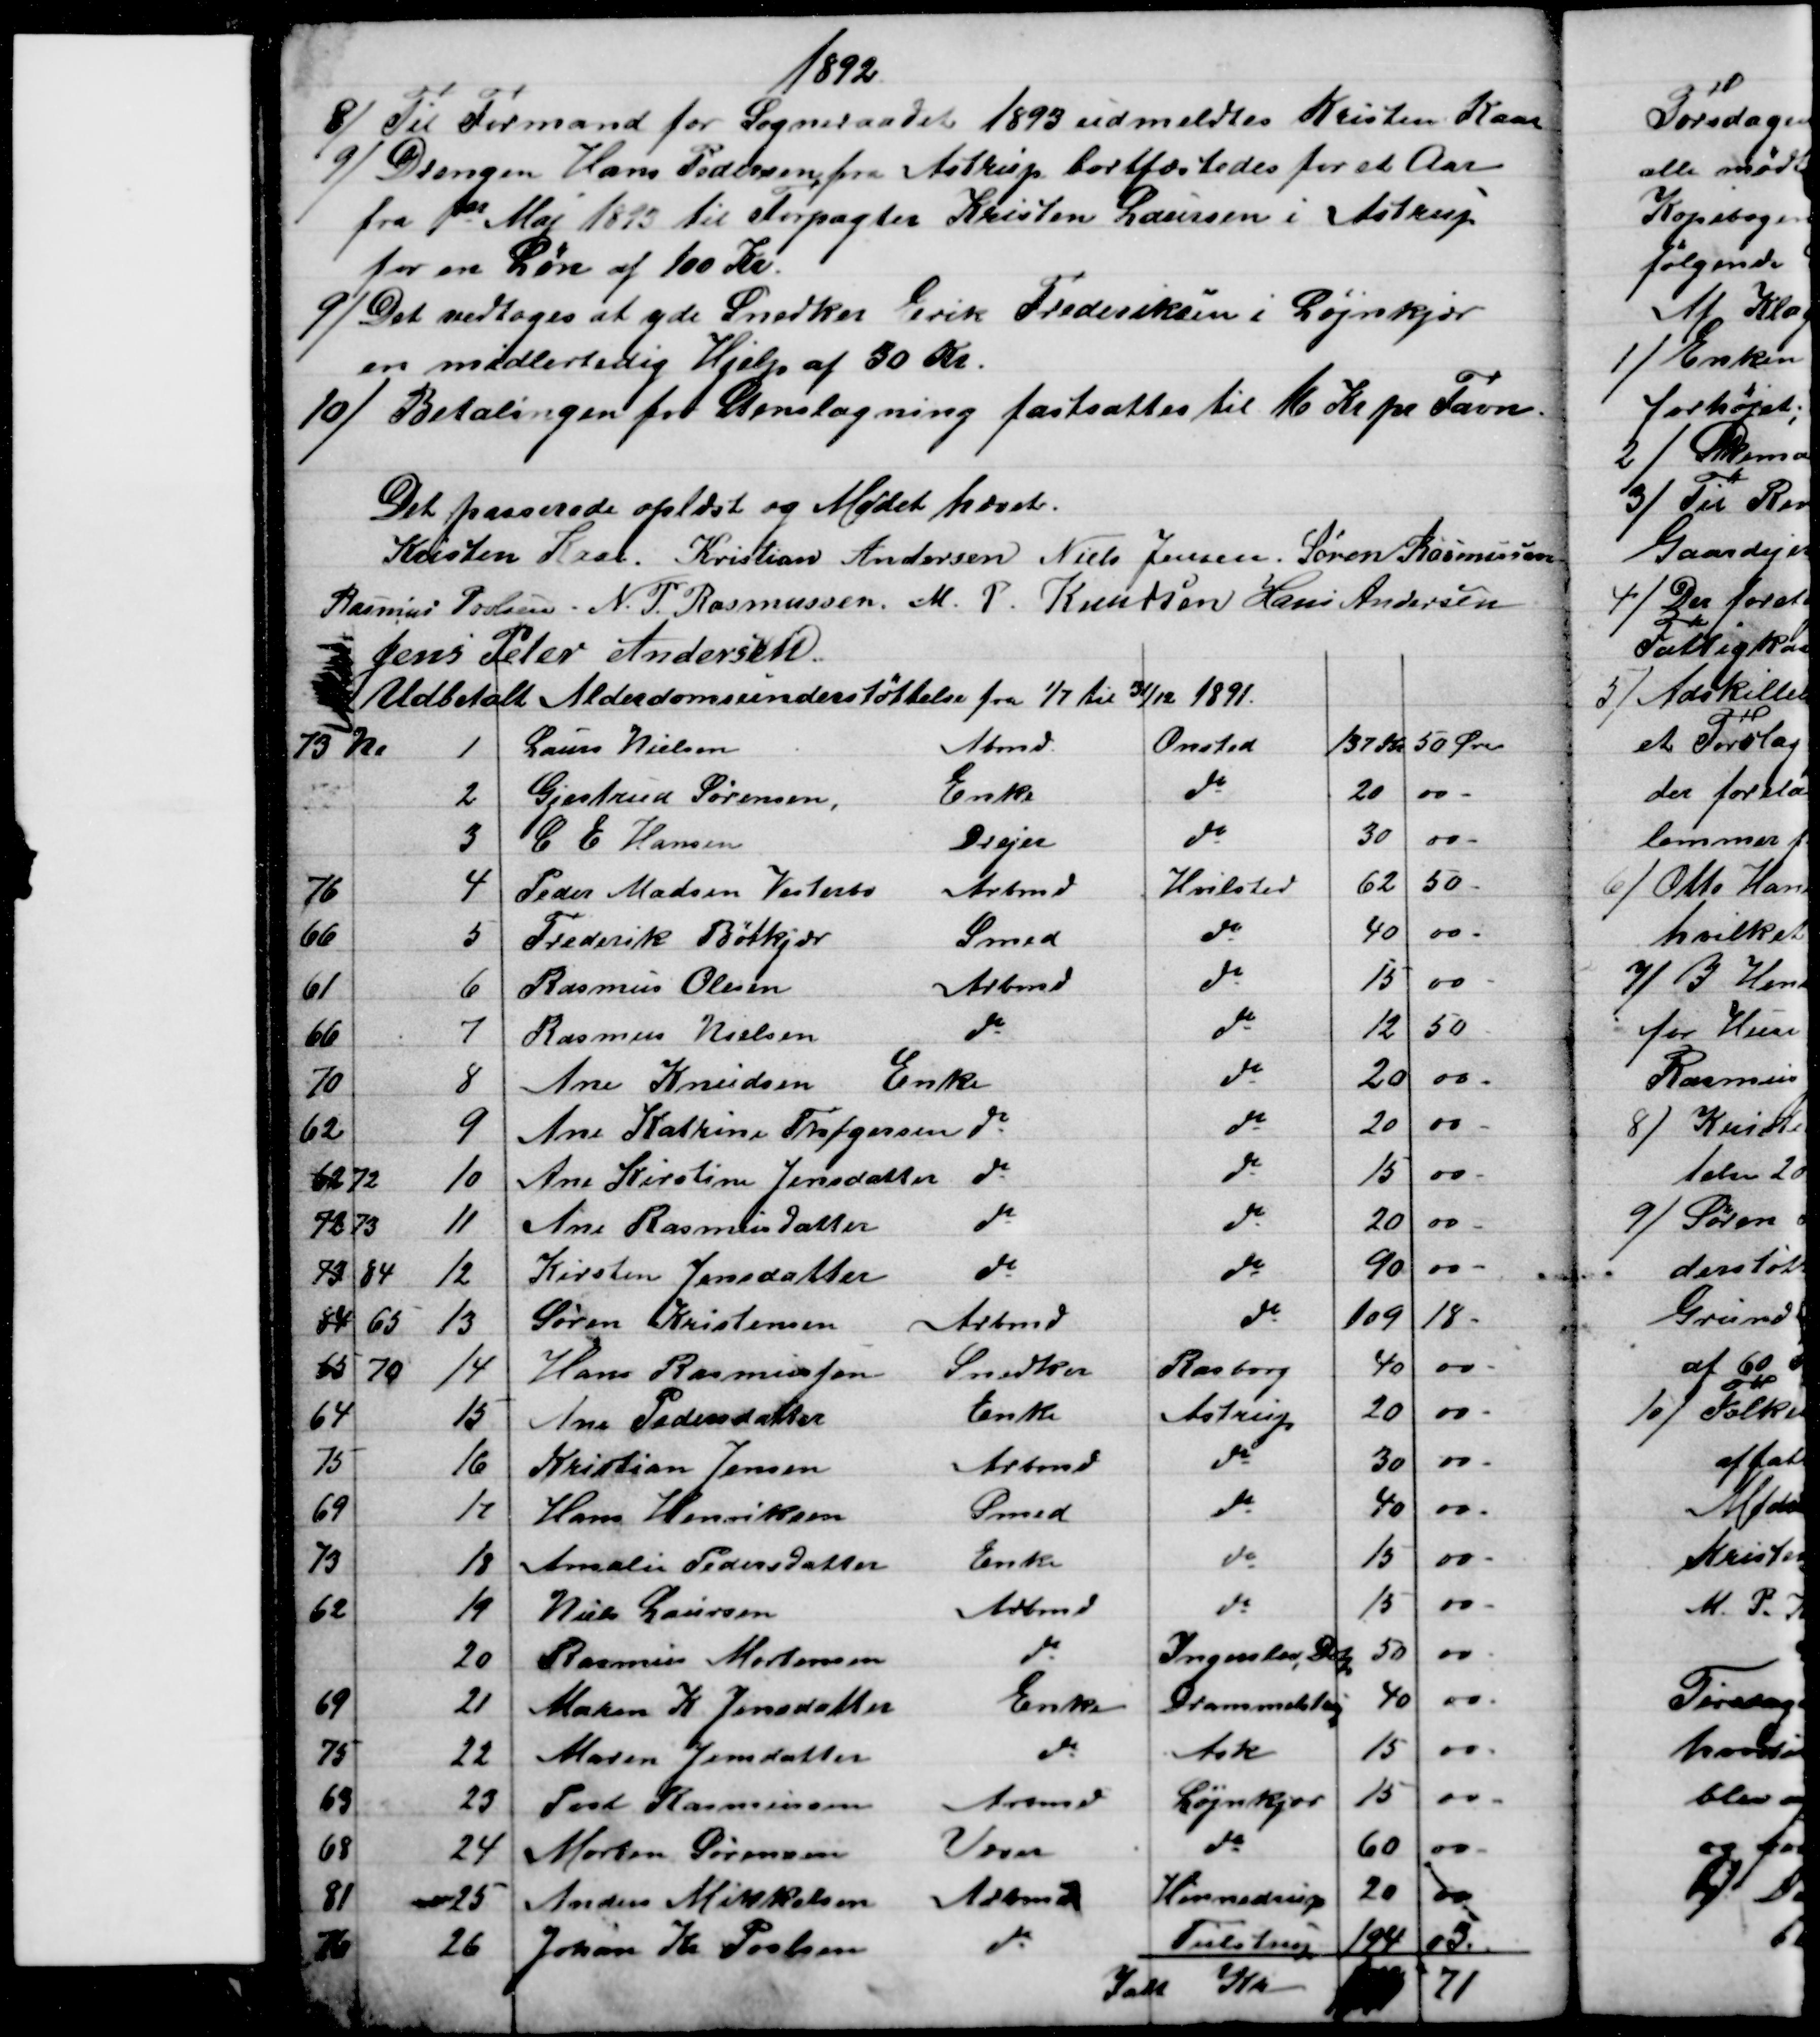
Transskription:
1892
8) 
Til Formand for Sogneraadet 1893 udmeldtes Kristen Kaae
9) Drengen Hans Pedersen fra Astrup bortfæstedes for et Aar
fra 1ste Maj 1893 til Forpagter Kristen Laursen i Astrup
for en Løn af 100 Kr.
9)
Det vedtoges at yde Snedker Erik Frederiksen i Løjnkjær
en midlertidig Hjelp af 30 Kr.
10)
Betalingen for Stenslagning fastsattes til 16 Kr pr Favn.
Det passerede oplæst og Mødet hævet.
Kristen Kaae. Kristian Andersen Niels Jensen. Søren Rasmussen
Rasmus Povlsen. N. P. Rasmussen. M. P. Knudsen Hans Andersen
Jens Peter Andersen
Udbetalt Alderdomsunderstøttelse fra 1/7 til 31/12 1891.
73 No
1
Laurs Nielsen
Abmd.
Onsted
137 Kr
50 Øre
2
Gjertrud Sørensen,
Enke
do
20
00 -
3
C E Hansen
Drejer
do
30
00 -
76
4
Peder Madsen Vesterbo
Arbmd
Hvilsted
62
50 -
66
5
Frederik Bøtkjær
Smed
do
40
00 -.
61
6
Rasmus Olesen
Arbmd
do
15
00 -
66
7
Rasmus Nielsen
do
do
12
50 -
70
8
Ane Knudsen
Enke
do
20
00 -
62
9
Ane Katrine Thøgersen 
do
do
20
00 -
62 72
10
Ane Kirstine Jensdatter 
do
do
15
00
72 73
11
Ane Rasmusdatter
do
do
20
00 -
73 84
12
Kirsten Jensdatter
do
do
90
00 -
84 65
13
Søren Kristensen
Arbmd
do
109
18 -
65 70
14
Hans Rasmussen
Snedker
Rasborg
40
00 -
64
15
Ane Pedersdatter
Enke
Astrup
20
00 -
75
16
Kristian Jensen
Arbmd.
do
30
00 -
69
17
Hans Henriksen
Smed
do
40
00 -
73
18
Amalie Pedersdatter
Enke
do
15
00 -
62
19
Niels Laursen
Arbmd
do
15
00 -
20
Rasmus Mortensen
do
Ingerslev, Dstp 
50
00 -
69
21
Maren K. Jensdatter
Enke
Drammelstrup
40
00 -
75
22
Maren Jensdatter
do
Ask
15
00 -
63
23
Povl Rasmussen
Arbmd
Løjnkjær
15
00 -
68
24
Morten Sørensen
Væver
do
60
00 -
81
25
Anders Mikkelsen
Arbmd
Hinnedrup
20
00
76
26
Johan Kr Povlsen
do
Tulstrup
194
03.
Ialt
Kr
71